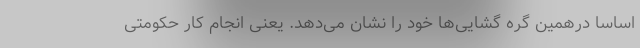
اساسا درهمین گره گشایی‌ها خود را نشان می‌دهد. یعنی انجام کار حکومتی